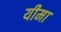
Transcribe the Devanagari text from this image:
यीमा